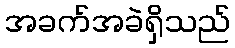
အခက်အခဲရှိသည်